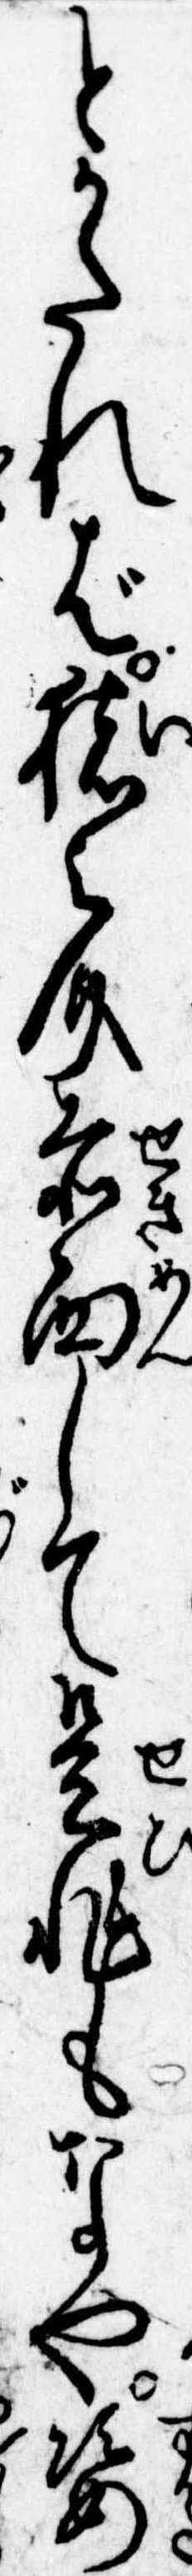
とかたれば猪之介赤面して是非もなや姿